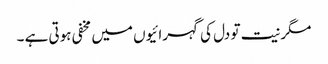
مگر نیت تو دل کی گہرائیوں میں مخفی ہوتی ہے ۔